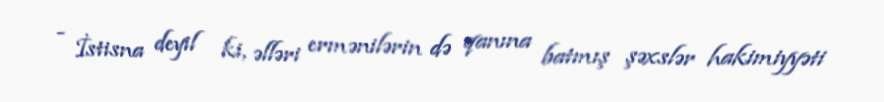
- İstisna deyil ki, əlləri ermənilərin də qanına batmış şəxslər hakimiyyəti